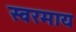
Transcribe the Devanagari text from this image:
स्वरमाय